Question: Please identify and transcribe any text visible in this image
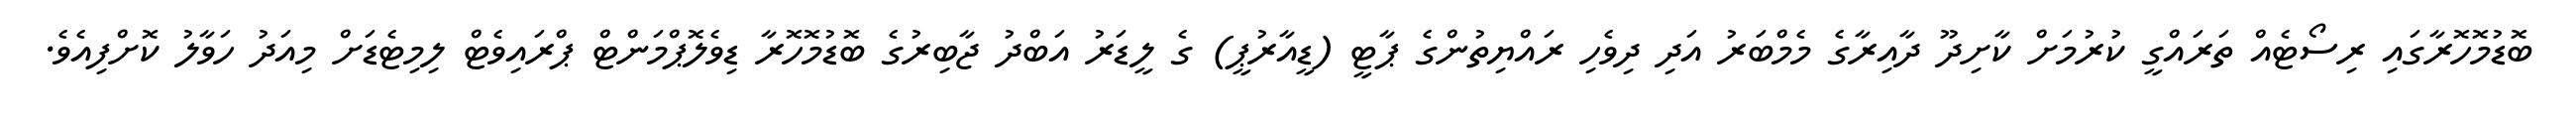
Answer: ބޮޑުމޮހޮރާގައި ރިސޯޓެއް ތަރައްގީ ކުރުމަށް ކާށިދޫ ދާއިރާގެ މެމްބަރު އަދި ދިވެހި ރައްޔިތުންގެ ޕާޓީ (ޑީއާރުޕީ) ގެ ލީޑަރު އަބްދު ޖާބިރުގެ ބޮޑުމޮހޮރާ ޑިވެލޮޕްމަންޓް ޕްރައިވެޓް ލިމިޓެޑަށް މިއަދު ހަވާލު ކޮށްފިއެވެ.